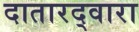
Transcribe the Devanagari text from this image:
दातारद्वारा